Scottish Education Department, 1929
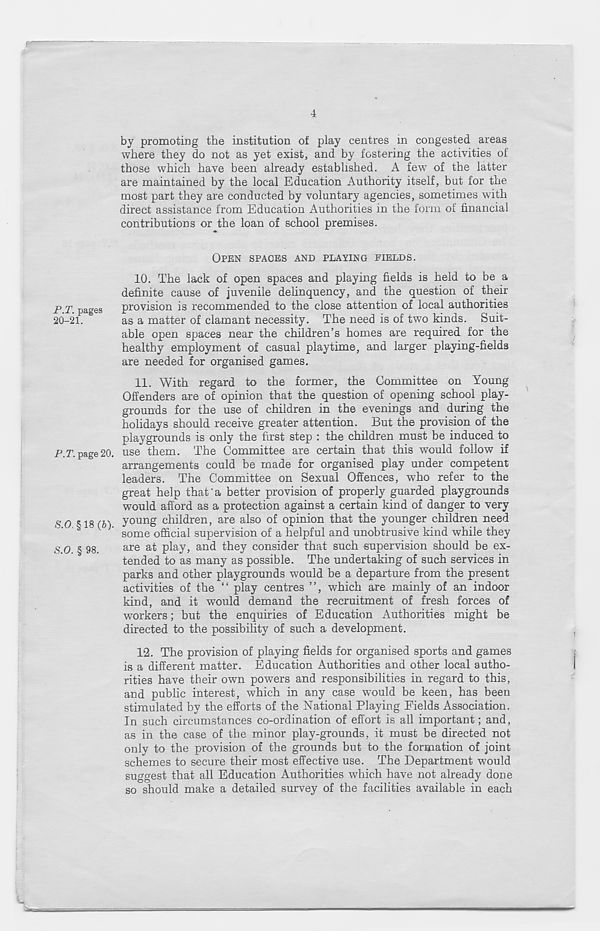
P.T. pages
20-21.
P.T. page 20.
S.O. § 18 (b).
S.O. § 98.
4
by promoting the institution of play centres in congested areas
where they do not as yet exist, and by fostering the activities of
those which have been already established. A few of the latter
are maintained by the local Education Authority itself, but for the
most part they are conducted by voluntary agencies, sometimes with
direct assistance from Education Authorities in the form of financial
contributions or the loan of school premises.
OPEN SPACES AND PLAYING FIELDS.
10. The lack of open spaces and playing fields is held to be a
definite cause of juvenile delinquency, and the question of their
provision is recommended to the close attention of local authorities
as a matter of clamant necessity. The need is of two kinds. Suit-
able open spaces near the children’s homes are required for the
healthy employment of casual playtime, and larger playing-fields
are needed for organised games.
11. With regard to the former, the Committee on Young
Offenders are of opinion that the question of opening school play-
grounds for the use of children in the evenings and during the
holidays should receive greater attention. But the provision of the
playgrounds is only the first step : the children must be induced to
use them. The Committee are certain that this would follow if
arrangements could be made for organised play under competent
leaders. The Committee on Sexual Offences, who refer to the
great help that' a better provision of properly guarded playgrounds
would afford as a protection against a certain kind of danger to very
young children, are also of opinion that the younger children need
some official supervision of a helpful and unobtrusive kind while they
are at play, and they consider that such supervision should be ex-
tended to as many as possible. The undertaking of such services in
parks and other playgrounds would be a departure from the present
activities of the “ play centres ”, which are mainly of an indoor
kind, and it would demand the recruitment of fresh forces of
wwkers; but the enquiries of Education Authorities might be
directed to the possibility of such a development.
12. The provision of playing fields for organised sports and games
is a different matter. Education Authorities and other local autho-
rities have their own powers and responsibilities in regard to this,
and public interest, which in any case would be keen, has been
stimulated by the efforts of the National Playing Fields Association.
In such circumstances co-ordination of effort is all important; and,
as in the case of the minor play-grounds, it must be directed not
only to the provision of the grounds but to the formation of joint
schemes to secure their most effective use. The Department would
suggest that all Education Authorities which have not already done
so should make a detailed survey of the facilities available in each